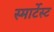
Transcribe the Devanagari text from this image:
स्मार्टेस्ट